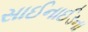
સાઈનાઈડના